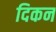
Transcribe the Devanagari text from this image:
दिकन